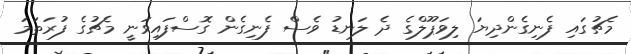
މެޗުގައި ފެނިގެންދިޔަ ލިވަޕޫލްގެ ދެ ލަނޑު ވެސް ފެނިގެން ގޮސްފައިވަނީ މެޗުގެ ފުރަތަމަ